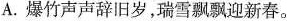
A.爆竹声声辞旧岁，瑞雪飘飘迎新春。